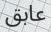
عابق